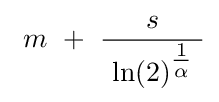
\ m\ +\ {\frac {s}{\ {\ln(2)}^{\tfrac {1}{\alpha }}\ }}